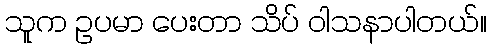
သူက ဥပမာ ပေးတာ သိပ် ဝါသနာပါတယ်။